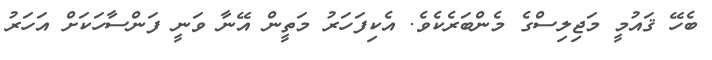
ބެހޭ ޤައުމީ މަޖިލިސްގެ މެންބަރެކެވެ. އެކިފަހަރު މަތީން އޭނާ ވަނީ ފަންސާހަކަށް އަހަރު